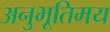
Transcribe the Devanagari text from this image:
अनुभूतिमय